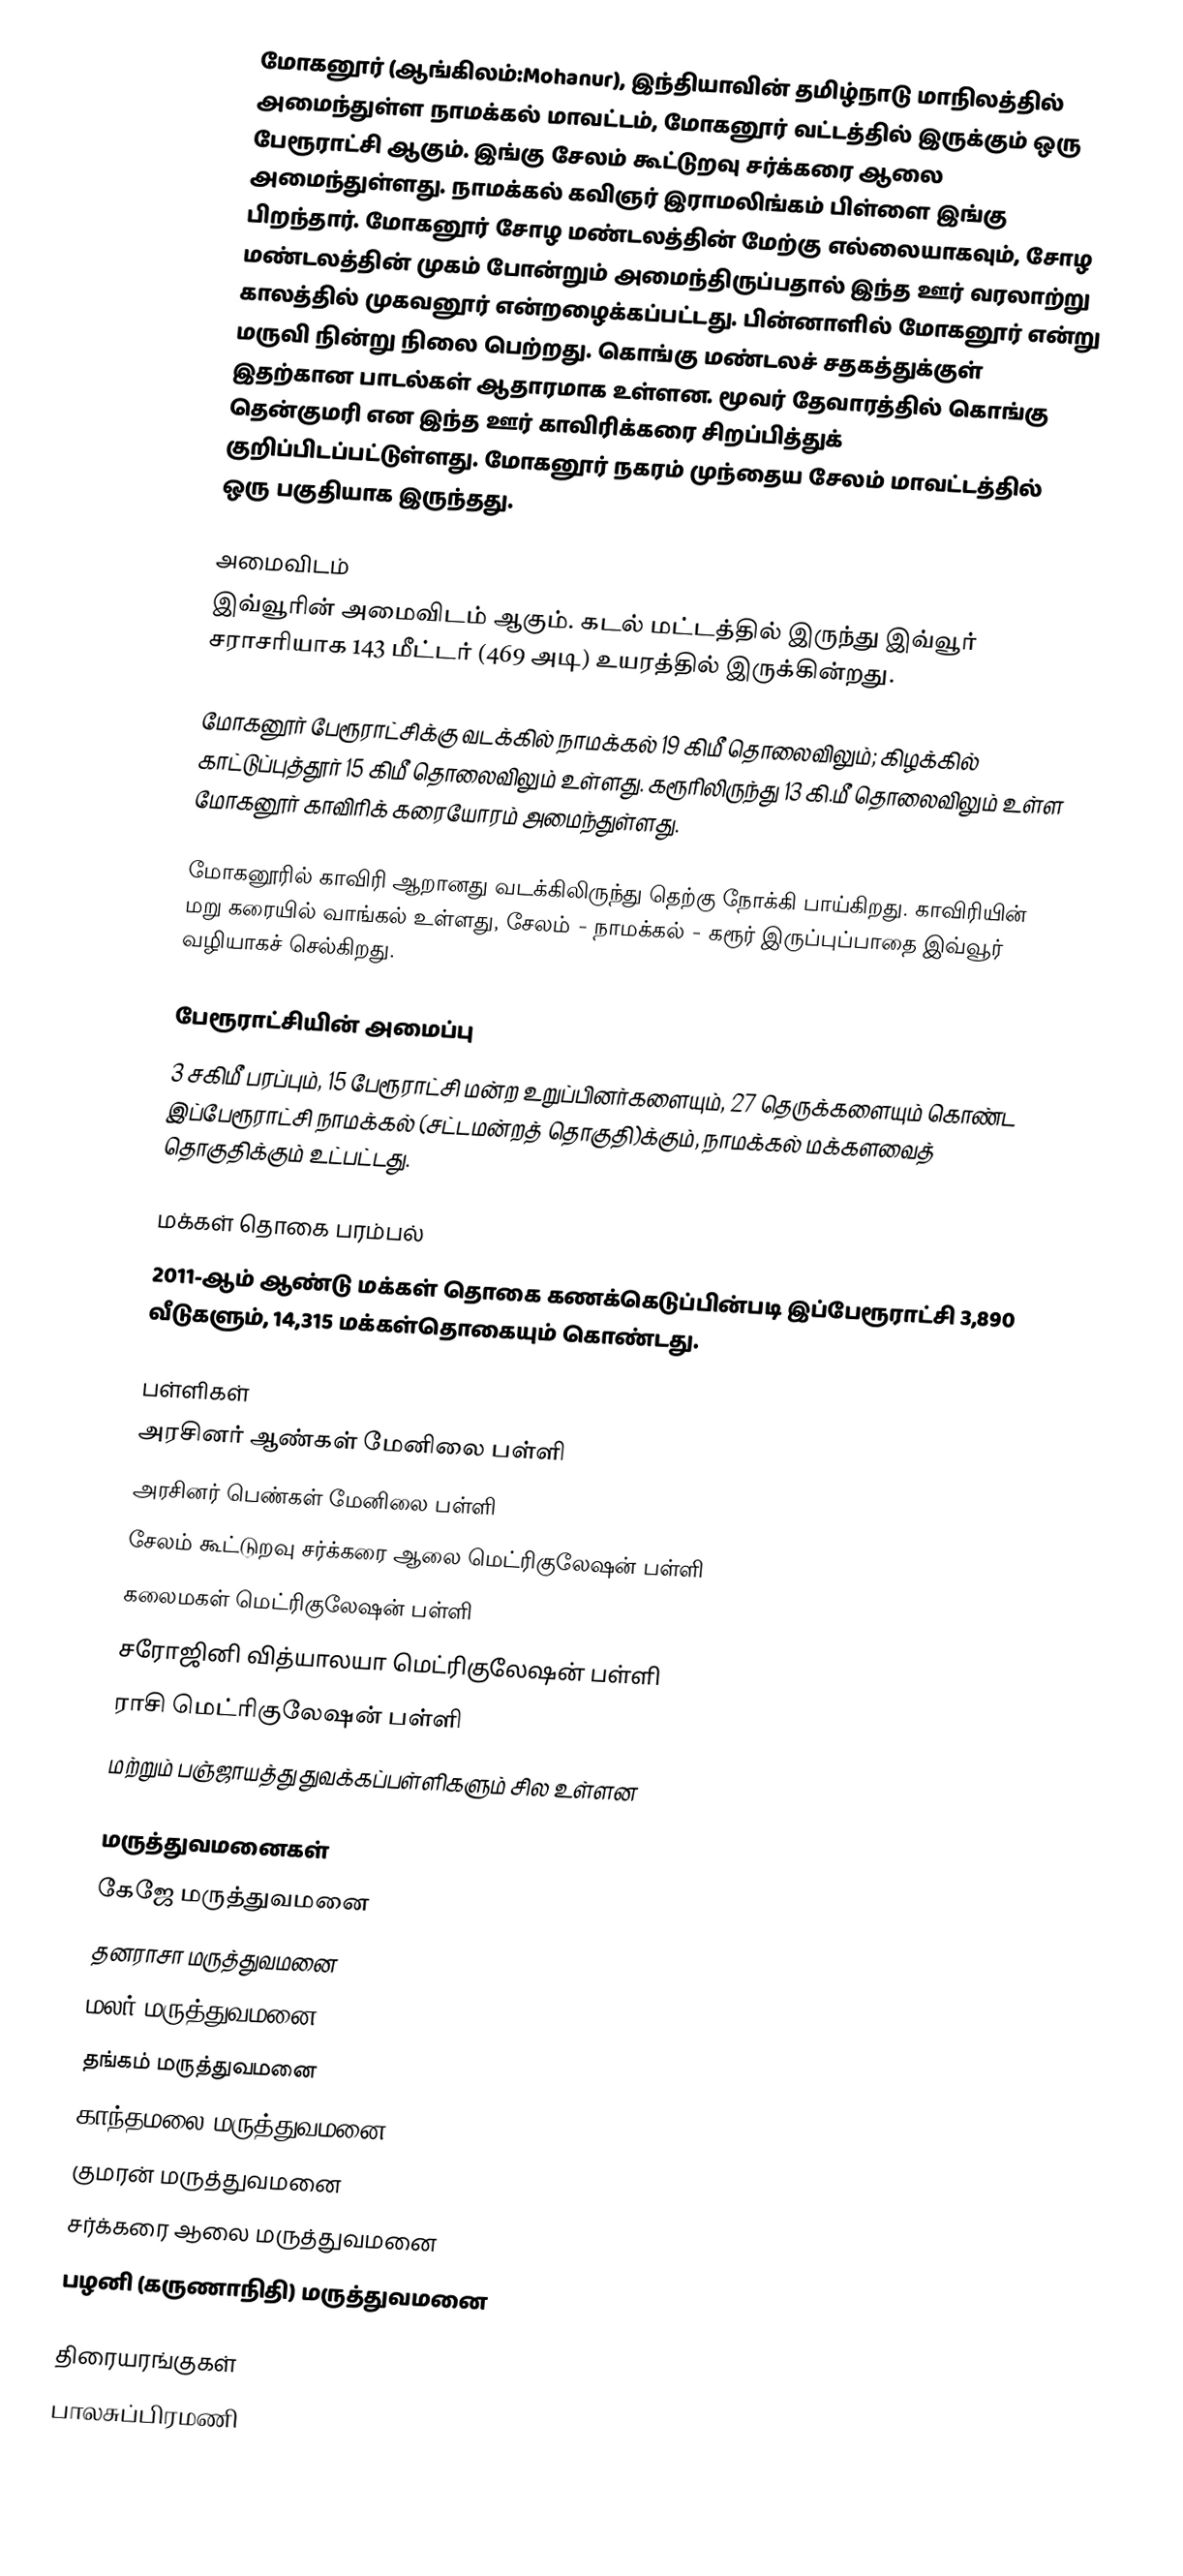
மோகனூர் (ஆங்கிலம்:Mohanur), இந்தியாவின் தமிழ்நாடு மாநிலத்தில் அமைந்துள்ள நாமக்கல் மாவட்டம், மோகனூர் வட்டத்தில் இருக்கும் ஒரு பேரூராட்சி ஆகும். இங்கு சேலம் கூட்டுறவு சர்க்கரை ஆலை அமைந்துள்ளது. நாமக்கல் கவிஞர் இராமலிங்கம் பிள்ளை இங்கு பிறந்தார். மோகனூர் சோழ மண்டலத்தின் மேற்கு எல்லையாகவும், சோழ மண்டலத்தின் முகம் போன்றும் அமைந்திருப்பதால் இந்த ஊர் வரலாற்று காலத்தில் முகவனூர் என்றழைக்கப்பட்டது. பின்னாளில் மோகனூர் என்று மருவி நின்று நிலை பெற்றது. கொங்கு மண்டலச் சதகத்துக்குள் இதற்கான பாடல்கள் ஆதாரமாக உள்ளன. மூவர் தேவாரத்தில் கொங்கு தென்குமரி  என இந்த ஊர் காவிரிக்கரை சிறப்பித்துக் குறிப்பிடப்பட்டுள்ளது. மோகனூர் நகரம் முந்தைய சேலம் மாவட்டத்தில் ஒரு பகுதியாக இருந்தது.

அமைவிடம்
இவ்வூரின் அமைவிடம்  ஆகும். கடல் மட்டத்தில் இருந்து இவ்வூர் சராசரியாக 143 மீட்டர் (469 அடி) உயரத்தில் இருக்கின்றது.

மோகனூர் பேரூராட்சிக்கு வடக்கில் நாமக்கல் 19 கிமீ தொலைவிலும்; கிழக்கில் காட்டுப்புத்தூர் 15 கிமீ தொலைவிலும் உள்ளது. கரூரிலிருந்து 13 கி.மீ தொலைவிலும் உள்ள மோகனூர் காவிரிக் கரையோரம் அமைந்துள்ளது.

மோகனூரில் காவிரி ஆறானது வடக்கிலிருந்து தெற்கு நோக்கி பாய்கிறது. காவிரியின் மறு கரையில் வாங்கல் உள்ளது,   சேலம் - நாமக்கல் - கரூர் இருப்புப்பாதை  இவ்வூர் வழியாகச் செல்கிறது.

பேரூராட்சியின் அமைப்பு
3 சகிமீ பரப்பும்,  15 பேரூராட்சி மன்ற  உறுப்பினர்களையும்,       27 தெருக்களையும் கொண்ட இப்பேரூராட்சி நாமக்கல்   (சட்டமன்றத் தொகுதி)க்கும், நாமக்கல் மக்களவைத் தொகுதிக்கும் உட்பட்டது.

மக்கள் தொகை பரம்பல்
2011-ஆம் ஆண்டு மக்கள் தொகை கணக்கெடுப்பின்படி  இப்பேரூராட்சி     3,890   வீடுகளும்,  14,315 மக்கள்தொகையும் கொண்டது.

பள்ளிகள்
 அரசினர் ஆண்கள் மேனிலை பள்ளி
 அரசினர் பெண்கள் மேனிலை பள்ளி
 சேலம் கூட்டுறவு சர்க்கரை ஆலை மெட்ரிகுலேஷன் பள்ளி
 கலைமகள் மெட்ரிகுலேஷன் பள்ளி
 சரோஜினி வித்யாலயா மெட்ரிகுலேஷன் பள்ளி
 ராசி மெட்ரிகுலேஷன் பள்ளி
மற்றும் பஞ்ஜாயத்து துவக்கப்பள்ளிகளும் சில உள்ளன

மருத்துவமனைகள்
 கேஜே மருத்துவமனை
 தனராசா மருத்துவமனை
 மலர் மருத்துவமனை
 தங்கம் மருத்துவமனை
 காந்தமலை மருத்துவமனை
 குமரன் மருத்துவமனை
 சர்க்கரை ஆலை மருத்துவமனை
 பழனி (கருணாநிதி) மருத்துவமனை

திரையரங்குகள்
 பாலசுப்பிரமணி